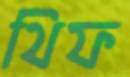
থিফ